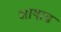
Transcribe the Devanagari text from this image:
अाषाढ